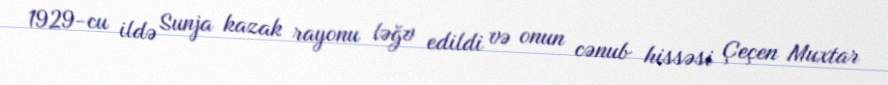
1929-cu ildə Sunja kazak rayonu ləğv edildi və onun cənub hissəsi Çeçen Muxtar